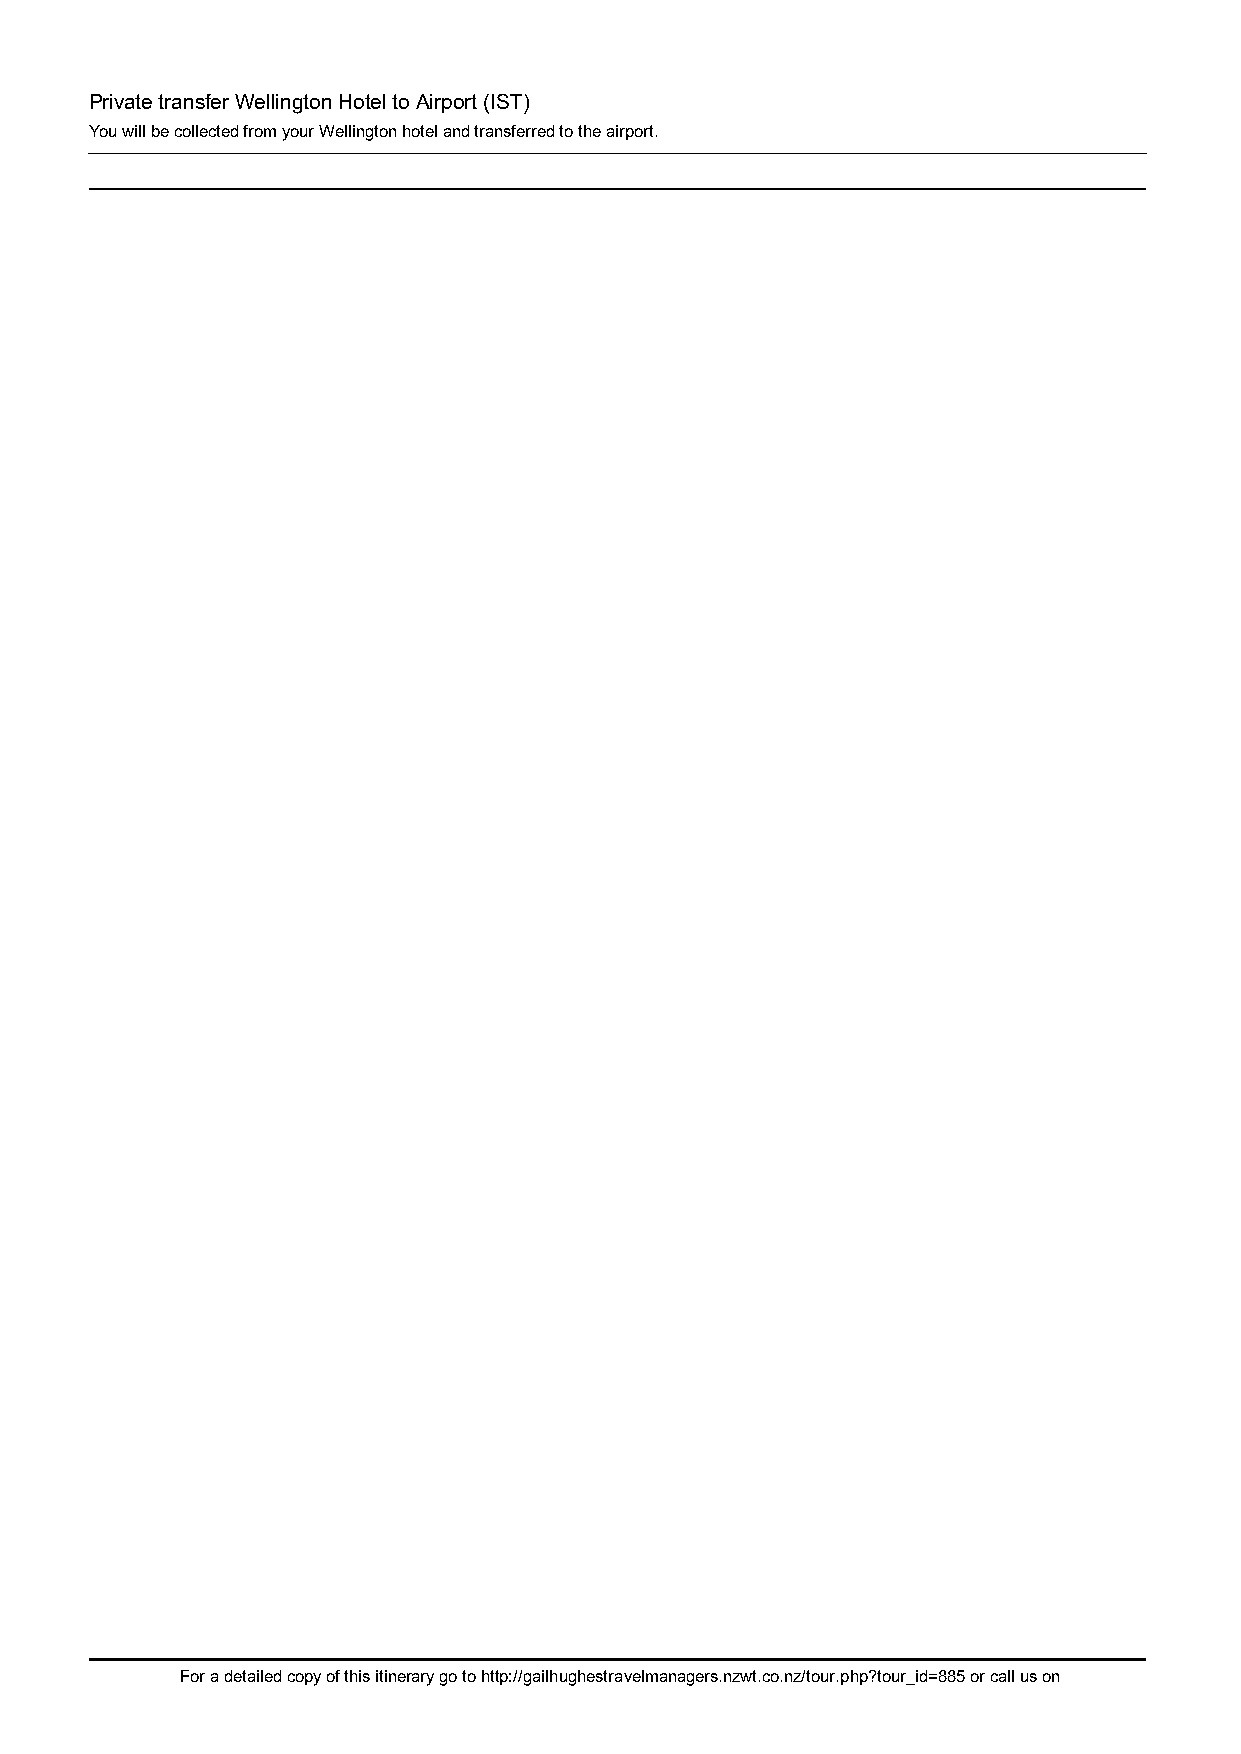
Private transfer Wellington Hotel to Airport (IST)
 You will be collected from your Wellington hotel and transferred to the airport.
 For a detailed copy of this itinerary go to http://gailhughestravelmanagers.nzwt.co.nz/tour.php?tour_id=885 or call us on